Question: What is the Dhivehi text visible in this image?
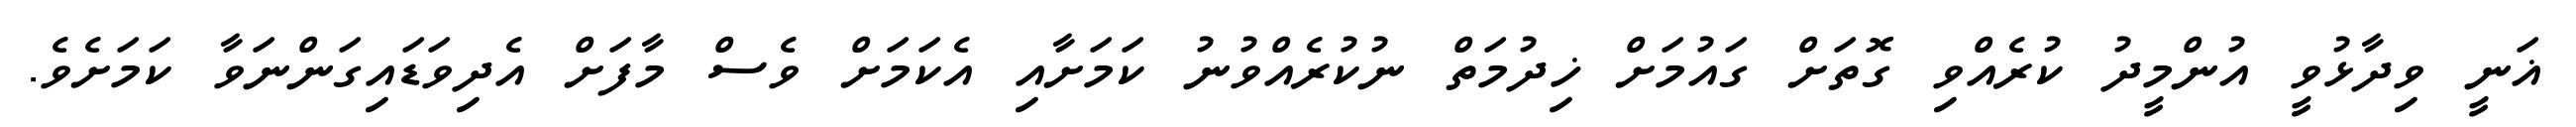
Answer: ޣަނީ ވިދާޅުވީ އުންމީދު ކުރެއްވި ގޮތަށް ގައުމަށް ޚިދުމަތް ނުކުރެއްވުނު ކަމަށާއި އެކަމަށް ވެސް މާފަށް އެދިވަޑައިގަންނަވާ ކަމަށެވެ.